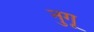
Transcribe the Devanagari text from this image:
नुगू